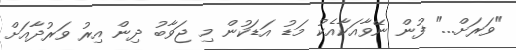
"ވަރަށް..." ފުން ނޭވާއަކާއެކު މަޑު އަޑަކުން މި ޖަވާބު ދިން އިރު ވަރުދާއަށް